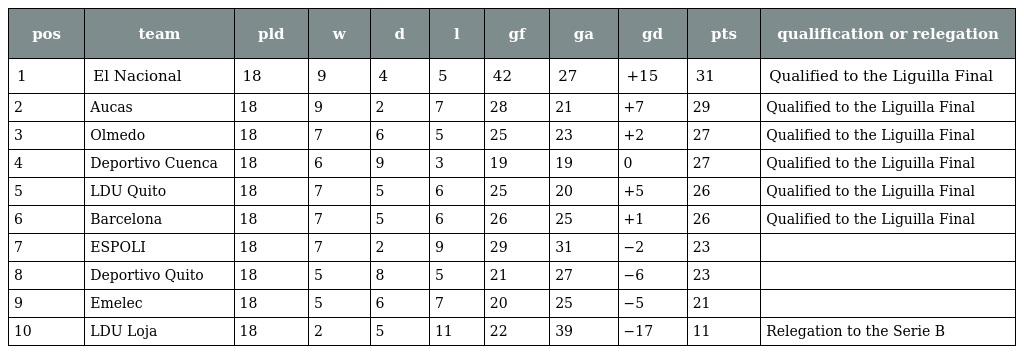
| pos | team | pld | w | d | l | gf | ga | gd | pts | qualification or relegation |
 | --- | --- | --- | --- | --- | --- | --- | --- | --- | --- | --- |
 | 1 | El Nacional | 18 | 9 | 4 | 5 | 42 | 27 | +15 | 31 | Qualified to the Liguilla Final |
 | 2 | Aucas | 18 | 9 | 2 | 7 | 28 | 21 | +7 | 29 | Qualified to the Liguilla Final |
 | 3 | Olmedo | 18 | 7 | 6 | 5 | 25 | 23 | +2 | 27 | Qualified to the Liguilla Final |
 | 4 | Deportivo Cuenca | 18 | 6 | 9 | 3 | 19 | 19 | 0 | 27 | Qualified to the Liguilla Final |
 | 5 | LDU Quito | 18 | 7 | 5 | 6 | 25 | 20 | +5 | 26 | Qualified to the Liguilla Final |
 | 6 | Barcelona | 18 | 7 | 5 | 6 | 26 | 25 | +1 | 26 | Qualified to the Liguilla Final |
 | 7 | ESPOLI | 18 | 7 | 2 | 9 | 29 | 31 | −2 | 23 |  |
 | 8 | Deportivo Quito | 18 | 5 | 8 | 5 | 21 | 27 | −6 | 23 |  |
 | 9 | Emelec | 18 | 5 | 6 | 7 | 20 | 25 | −5 | 21 |  |
 | 10 | LDU Loja | 18 | 2 | 5 | 11 | 22 | 39 | −17 | 11 | Relegation to the Serie B |